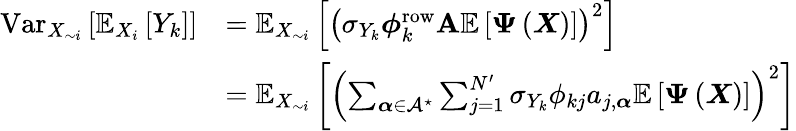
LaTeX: \begin{array}{rl}{\operatorname{Var}_{X_{\sim i}}\left[\mathbb{E}_{X_{i}}\left[Y_{k}\right]\right]}&{=\mathbb{E}_{X_{\sim i}}\left[\left(\sigma_{Y_{k}}\boldsymbol{\phi}_{k}^{\mathrm{row}}\mathbf{A}\mathbb{E}\left[\boldsymbol{\Psi}\left(\boldsymbol{X}\right)\right]\right)^{2}\right]}\\ &{=\mathbb{E}_{X_{\sim i}}\left[\left(\sum_{\boldsymbol{\alpha}\in\mathcal{A}^{\star}}\sum_{j=1}^{N^{\prime}}\sigma_{Y_{k}}\phi_{kj}a_{j,\boldsymbol{\alpha}}\mathbb{E}\left[\boldsymbol{\Psi}\left(\boldsymbol{X}\right)\right]\right)^{2}\right]}\end{array}